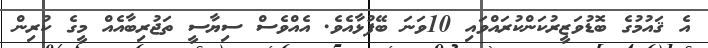
އެ ޤައުމުގެ ބޮޑުވަޒީރުކަންކުރައްވައި 10ވަނަ ބޭފުޅާއެވެ. އެއްވެސް ސިޔާސީ ތަޖުރިބާއެއް މީގެ ކުރިން